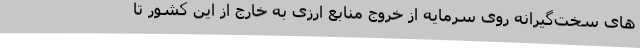
های سخت‌گیرانه روی سرمایه از خروج منابع ارزی به خارج از این کشور تا